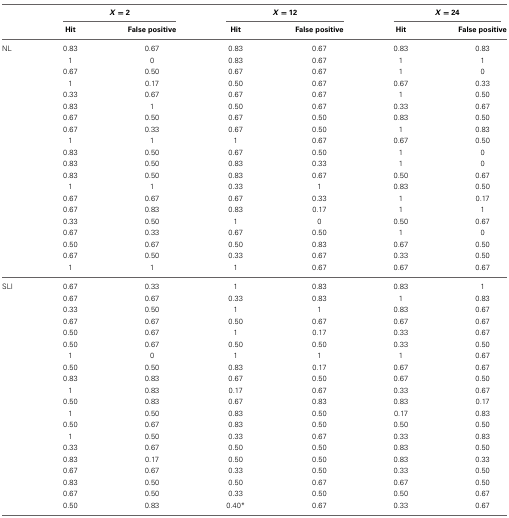
<table><thead><tr><td></td><td colspan="2"><b><i>X</i> = 2</b></td><td colspan="2"><b><i>X</i> = 12</b></td><td colspan="2"><b><i>X</i> = 24</b></td></tr><tr><td></td><td><b>Hit</b></td><td><b>False positive</b></td><td><b>Hit</b></td><td><b>False positive</b></td><td><b>Hit</b></td><td><b>False positive</b></td></tr></thead><tbody><tr><td>NL</td><td>0.83</td><td>0.67</td><td>0.83</td><td>0.67</td><td>0.83</td><td>0.83</td></tr><tr><td></td><td>1</td><td>0</td><td>0.83</td><td>0.67</td><td>1</td><td>1</td></tr><tr><td></td><td>0.67</td><td>0.50</td><td>0.67</td><td>0.67</td><td>1</td><td>0</td></tr><tr><td></td><td>1</td><td>0.17</td><td>0.50</td><td>0.67</td><td>0.67</td><td>0.33</td></tr><tr><td></td><td>0.33</td><td>0.67</td><td>0.67</td><td>0.67</td><td>1</td><td>0.50</td></tr><tr><td></td><td>0.83</td><td>1</td><td>0.50</td><td>0.67</td><td>0.33</td><td>0.67</td></tr><tr><td></td><td>0.67</td><td>0.50</td><td>0.67</td><td>0.50</td><td>0.83</td><td>0.50</td></tr><tr><td></td><td>0.67</td><td>0.33</td><td>0.67</td><td>0.50</td><td>1</td><td>0.83</td></tr><tr><td></td><td>1</td><td>1</td><td>1</td><td>0.67</td><td>0.67</td><td>0.50</td></tr><tr><td></td><td>0.83</td><td>0.50</td><td>0.67</td><td>0.50</td><td>1</td><td>0</td></tr><tr><td></td><td>0.83</td><td>0.50</td><td>0.83</td><td>0.33</td><td>1</td><td>0</td></tr><tr><td></td><td>0.83</td><td>0.50</td><td>0.83</td><td>0.67</td><td>0.50</td><td>0.67</td></tr><tr><td></td><td>1</td><td>1</td><td>0.33</td><td>1</td><td>0.83</td><td>0.50</td></tr><tr><td></td><td>0.67</td><td>0.67</td><td>0.67</td><td>0.33</td><td>1</td><td>0.17</td></tr><tr><td></td><td>0.67</td><td>0.83</td><td>0.83</td><td>0.17</td><td>1</td><td>1</td></tr><tr><td></td><td>0.33</td><td>0.50</td><td>1</td><td>0</td><td>0.50</td><td>0.67</td></tr><tr><td></td><td>0.67</td><td>0.33</td><td>0.67</td><td>0.50</td><td>1</td><td>0</td></tr><tr><td></td><td>0.50</td><td>0.67</td><td>0.50</td><td>0.83</td><td>0.67</td><td>0.50</td></tr><tr><td></td><td>0.67</td><td>0.50</td><td>0.33</td><td>0.67</td><td>0.33</td><td>0.50</td></tr><tr><td></td><td>1</td><td>1</td><td>1</td><td>0.67</td><td>0.67</td><td>0.67</td></tr><tr><td>SLI</td><td>0.67</td><td>0.33</td><td>1</td><td>0.83</td><td>0.83</td><td>1</td></tr><tr><td></td><td>0.67</td><td>0.67</td><td>0.33</td><td>0.83</td><td>1</td><td>0.83</td></tr><tr><td></td><td>0.33</td><td>0.50</td><td>1</td><td>1</td><td>0.83</td><td>0.67</td></tr><tr><td></td><td>0.67</td><td>0.67</td><td>0.50</td><td>0.67</td><td>0.67</td><td>0.67</td></tr><tr><td></td><td>0.50</td><td>0.67</td><td>1</td><td>0.17</td><td>0.33</td><td>0.67</td></tr><tr><td></td><td>0.50</td><td>0.67</td><td>0.50</td><td>0.50</td><td>0.33</td><td>0.50</td></tr><tr><td></td><td>1</td><td>0</td><td>1</td><td>1</td><td>1</td><td>0.67</td></tr><tr><td></td><td>0.50</td><td>0.50</td><td>0.83</td><td>0.17</td><td>0.67</td><td>0.67</td></tr><tr><td></td><td>0.83</td><td>0.83</td><td>0.67</td><td>0.50</td><td>0.67</td><td>0.50</td></tr><tr><td></td><td>1</td><td>0.83</td><td>0.17</td><td>0.67</td><td>0.33</td><td>0.67</td></tr><tr><td></td><td>0.50</td><td>0.83</td><td>0.67</td><td>0.83</td><td>0.83</td><td>0.17</td></tr><tr><td></td><td>1</td><td>0.50</td><td>0.83</td><td>0.50</td><td>0.17</td><td>0.83</td></tr><tr><td></td><td>0.50</td><td>0.67</td><td>0.83</td><td>0.50</td><td>0.50</td><td>0.50</td></tr><tr><td></td><td>1</td><td>0.50</td><td>0.33</td><td>0.67</td><td>0.33</td><td>0.83</td></tr><tr><td></td><td>0.33</td><td>0.67</td><td>0.50</td><td>0.50</td><td>0.83</td><td>0.50</td></tr><tr><td></td><td>0.83</td><td>0.17</td><td>0.50</td><td>0.50</td><td>0.83</td><td>0.33</td></tr><tr><td></td><td>0.67</td><td>0.67</td><td>0.33</td><td>0.50</td><td>0.33</td><td>0.50</td></tr><tr><td></td><td>0.83</td><td>0.50</td><td>0.50</td><td>0.67</td><td>0.67</td><td>0.50</td></tr><tr><td></td><td>0.67</td><td>0.50</td><td>0.33</td><td>0.50</td><td>0.50</td><td>0.67</td></tr><tr><td></td><td>0.50</td><td>0.83</td><td>0.40<sup>*</sup></td><td>0.67</td><td>0.33</td><td>0.67</td></tr></tbody></table>